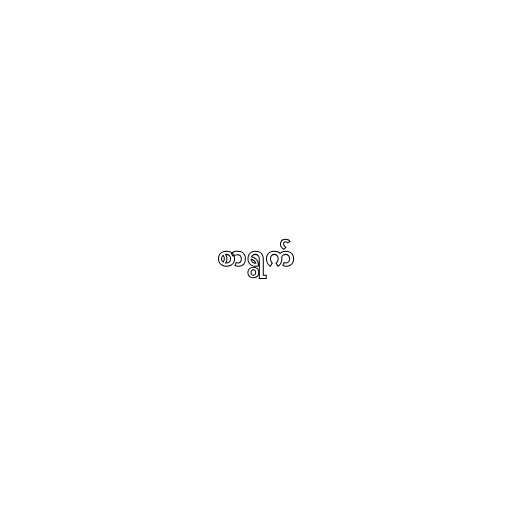
စာရွက်